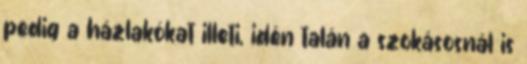
pedig a házlakókat illeti, idén talán a szokásosnál is